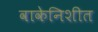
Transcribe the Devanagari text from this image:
वाकेनिशीत